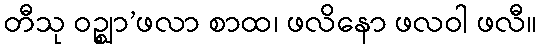
တီသု ဝဉ္စျာ’ဖလာ စာထ၊ ဖလိနော ဖလဝါ ဖလီ။